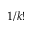
1 / k !